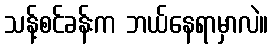
သန့်စင်ခန်းက ဘယ်နေရာမှာလဲ။